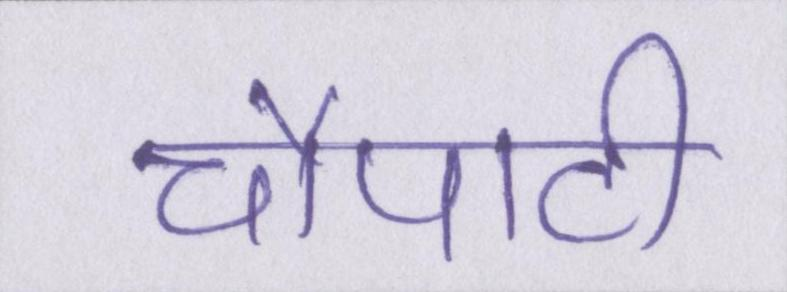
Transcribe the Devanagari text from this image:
चौपाटी